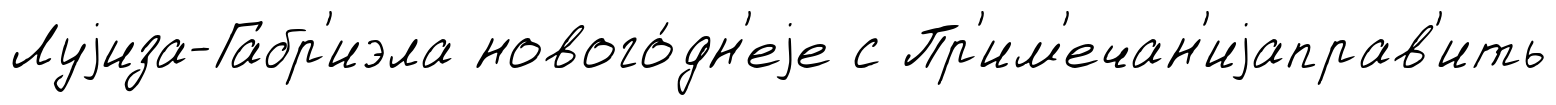
Луjиза-Габр'иэла нового́дн'еjе с Пр'им'ечан'иjаправ'ить